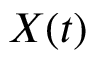
X ( t )